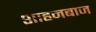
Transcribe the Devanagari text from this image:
शाहनबाज